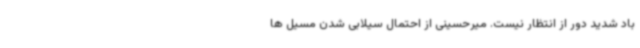
باد شدید دور از انتظار نیست. میرحسینی از احتمال سیلابی شدن مسیل ها